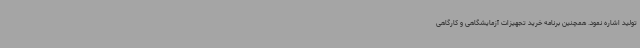
تولید اشاره نمود. همچنین برنامه خرید تجهیزات آزمایشگاهی و کارگاهی